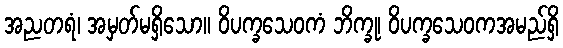
အညတရံ၊ အမှတ်မရှိသော။ ဝိပက္ခသေဝကံ ဘိက္ခု၊ ဝိပက္ခသေဝကအမည်ရှိ